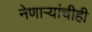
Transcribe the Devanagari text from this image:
नेणाऱ्यांचीही